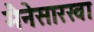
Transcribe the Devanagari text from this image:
मैनेसारखा